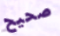
صحيح